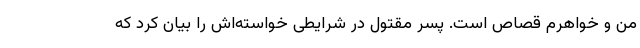
من و خواهرم قصاص است. پسر مقتول در شرایطی خواسته‌اش را بیان کرد که